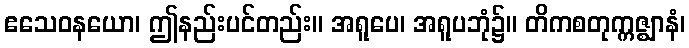
ဧသေဝနယော၊ ဤနည်းပင်တည်း။ အရူပေ၊ အရူပဘုံ၌။ တိကစတုက္ကဇ္ဈာနံ၊